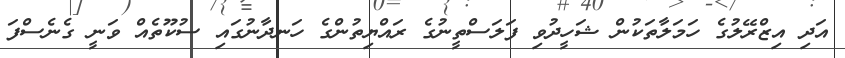
އަދި އިޒްރޭލުގެ ހަމަލާތަކުން ޝަހީދުވި ފަލަސްތީނުގެ ރައްޔިތުންގެ ހަނދާނުގައި ސުކޫތެއް ވަނީ ގެނެސްފަ